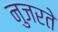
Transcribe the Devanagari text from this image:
नुजरते